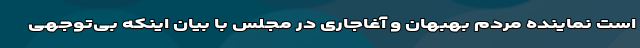
است نماینده مردم بهبهان و آغاجاری در مجلس با بیان اینکه بی‌توجهی